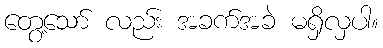
တွေ့သော် လည်း အခက်အခဲ မရှိလှပါ။